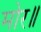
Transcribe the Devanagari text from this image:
मोर॥